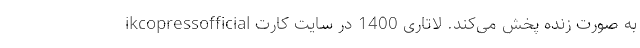
ikcopressofficial به صورت زنده پخش می‌کند. لاتاری 1400 در سایت کارت